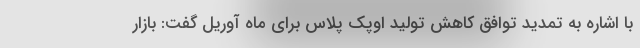
با اشاره به تمدید توافق کاهش تولید اوپک پلاس برای ماه آوریل گفت: بازار